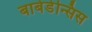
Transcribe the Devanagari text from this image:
बार्बेडेन्सिस